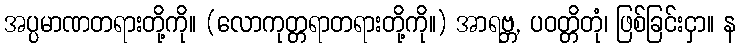
အပ္ပမာဏတရားတို့ကို။ (လောကုတ္တရာတရားတို့ကို။) အာရဗ္ဘ, ပဝတ္တိတုံ၊ ဖြစ်ခြင်းငှာ။ န